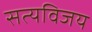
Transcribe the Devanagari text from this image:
सत्यविजय